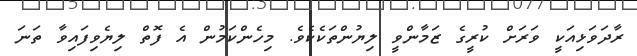
ރާދަވަޅިއަކީ ވަރަށް ކުރީގެ ޒަމާންވީ ލިޔުންތަކެކެވެ. މިހެންކަމުން އެ ފޮތް ލިޔެވިފައިވާ ތަނަ